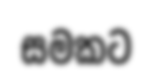
සමකට